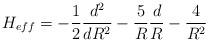
LaTeX: \begin{align*} H_{eff} = -\frac{1}{2}\frac{d^{2}}{dR^{2}} - \frac{5}{R}\frac{d}{R} - \frac{4}{R^{2}}\end{align*}